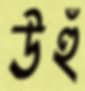
উহুঁ